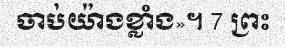
ចាប់យ៉ាងខ្លាំង»។ 7 ព្រះ